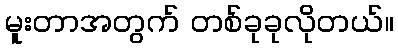
မူးတာအတွက် တစ်ခုခုလိုတယ်။